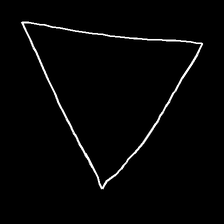
Glyph: convergence